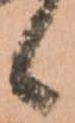
候